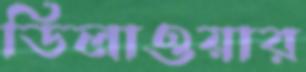
ডিলাওয়ার